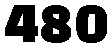
480